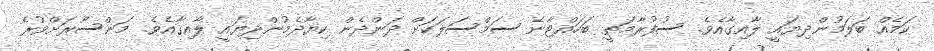
ކަމެއް ބަލަމުންދިޔައީ ލާއިގާއެވެ. ސުފުރާމަތީ ބަހައްޓާނެ ސަމްސަލަކަށް ދަންދެން ކިޔާދެމުންދިޔައީ ލާއިގާއެވެ. މަންސޫރަށްވުރެ